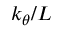
k _ { \theta } / L